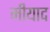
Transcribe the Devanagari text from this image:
मीयाद